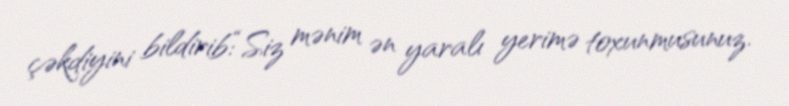
çəkdiyini bildirib:“Siz mənim ən yaralı yerimə toxunmusunuz.